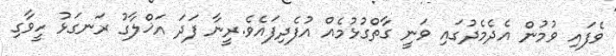
ވެފައި ވުމުން އެދެމެދުގައި ވަނީ ގާތްގުޅުމެއް އުފެދިފައެވެ.ރީނާ ފަދަ އަޚްލާގު ރަނގަޅު ހީވާގި